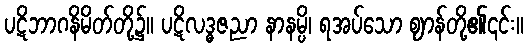
ပဋိဘာဂနိမိတ်တို့၌။ ပဋိလဒ္ဓဇညာ နာနမ္ပိ၊ ရအပ်သော ဈာန်တို့၏၎င်း။